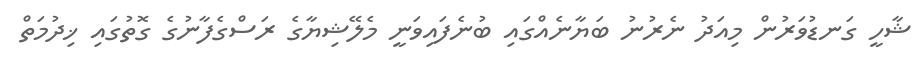
ޝާހީ ގަނޑުވަރުން މިއަދު ނެރުނު ބަޔާނެއްގައި ބުނެފައިވަނީ މެލޭޝިޔާގެ ރަސްގެފާނުގެ ގޮތުގައި ޚިދުމަތް